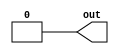
module top_module (
  output out
);
  assign out = 1'b0; // 0
endmodule